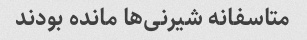
متاسفانه شیرنی‌ها مانده بودند